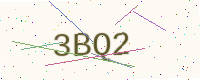
Text: 3BQ2